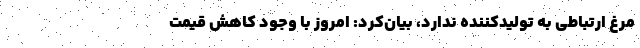
مرغ ارتباطی به تولیدکننده ندارد، بیان‌کرد: امروز با وجود کاهش قیمت